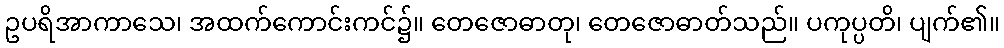
ဥပရိအာကာသေ၊ အထက်ကောင်းကင်၌။ တေဇောဓာတု၊ တေဇောဓာတ်သည်။ ပကုပ္ပတိ၊ ပျက်၏။